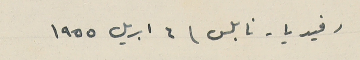
رفيديا - نابلس / ٦ ابريل ١٩٥٥